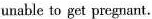
unable to get pregnant.